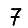
Digit: 7